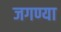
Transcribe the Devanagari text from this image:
जगण्या